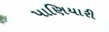
પાણિયારી